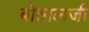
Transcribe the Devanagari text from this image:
बोतालजी